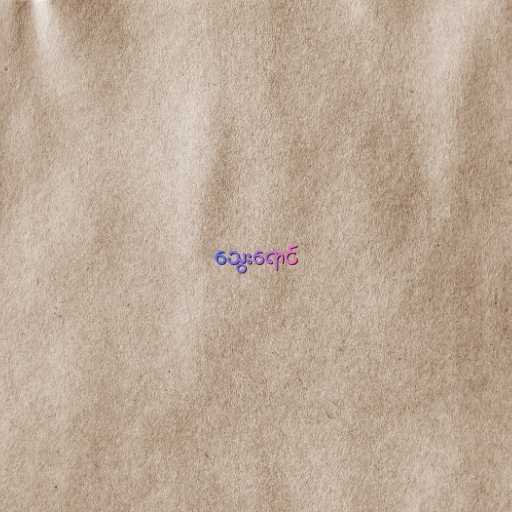
သွေးရောင်